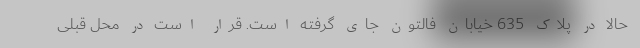
حالا در پلاک 635 خیابان فالتون جای گرفته است. قرار است در محل قبلی